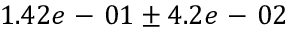
1 . 4 2 e \mathrm { ~ - ~ } 0 1 \pm 4 . 2 e \mathrm { ~ - ~ } 0 2